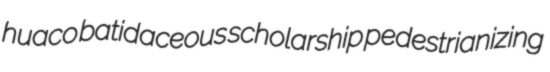
huaco batidaceous scholarship pedestrianizing